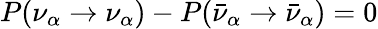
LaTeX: P(\nu_{\alpha}\rightarrow\nu_{\alpha})-P(\bar{\nu}_{\alpha}\rightarrow\bar{\nu}_{\alpha})=0